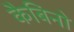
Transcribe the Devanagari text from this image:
कैबिनो